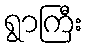
ရွာကြီး